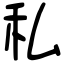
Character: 私